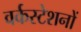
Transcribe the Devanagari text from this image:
वर्कस्टेशनों